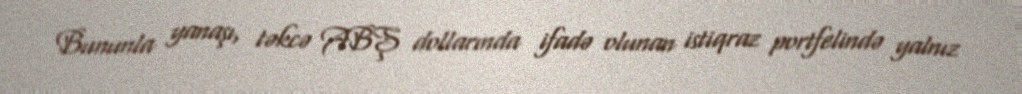
Bununla yanaşı, təkcə ABŞ dollarında ifadə olunan istiqraz portfelində yalnız